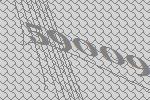
59009